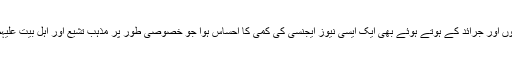
اسلامی جمہوریہ ایران میں بھی متعدد نیوز ایجنسیوں،خبری ویب سائٹوں اور جرائد کے ہوتے ہوئے بھی ایک ایسی نیوز ایجنسی کی کمی کا احساس ہوا جو خصوصی طور پر مذہب تشیع اور اہل بیت علیہم السلام کے پیروکاروں سے متعلق خبروں کو دنیا بھر میں عام کرے۔